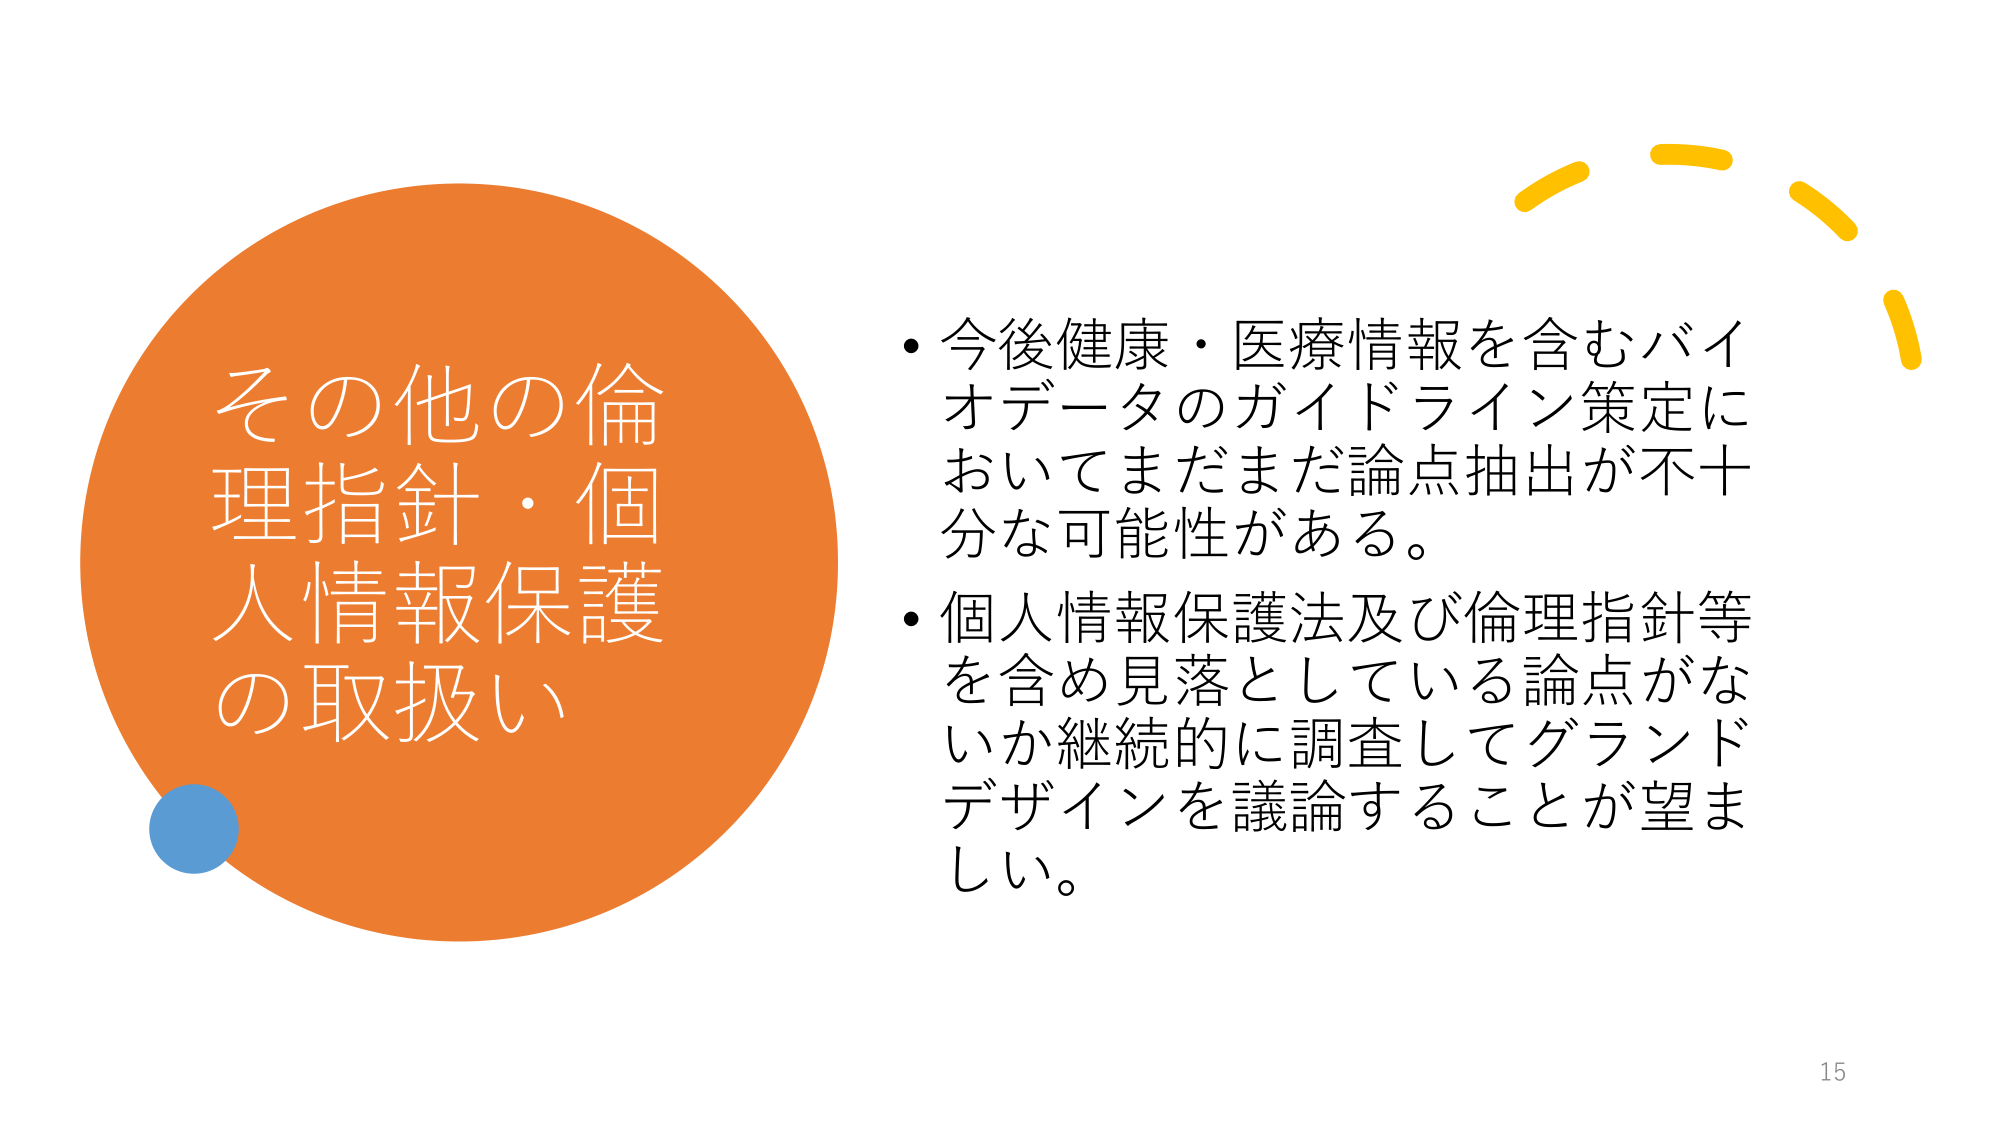
その他の倫
理指針・個
人情報保護
の取扱い

・今後健康・医療情報を含むバイ
オデータのガイドライン策定に
おいてまだまだ論点抽出が不十
分な可能性がある。
・個人情報保護法及び倫理指針等
を含め見落としている論点がな
いか継続的に調査してグランド
デザインを議論することが望ま
しい。

15